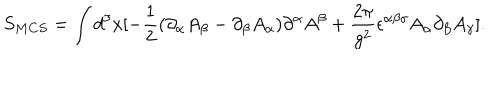
LaTeX: S _ { M C S } = \int d ^ { 3 } x [ - \frac { 1 } { 2 } ( \partial _ { \alpha } A _ { \beta } - \partial _ { \beta } A _ { \alpha } ) \partial ^ { \alpha } A ^ { \beta } + \frac { 2 \pi } { g ^ { 2 } } \epsilon ^ { \alpha \beta \gamma } A _ { \alpha } \partial _ { \beta } A _ { \gamma } ] .